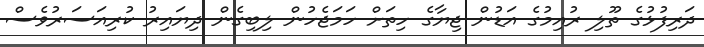
ދަރިފުޅުގެ ތޫލި ރުއިމުގެ އަޑުން ޖިޔާގެ ހިތަށް ހަމަޖެހުން ލިބިގެން ދިޔައިރު ކުރިއަސަރުވެސް